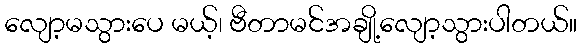
လျော့မသွားပေ မယ့်၊ ဗီတာမင်အချို့လျော့သွားပါတယ်။